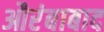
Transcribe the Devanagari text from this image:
औरंबाबाद